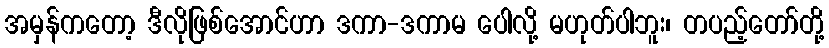
အမှန်ကတော့ ဒီလိုဖြစ်အောင်ဟာ ဒကာ-ဒကာမ ပေါလို့ မဟုတ်ပါဘူး၊ တပည့်တော်တို့